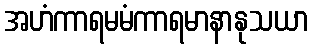
အဟံကာရမမံကာရမာနာနုသယာ